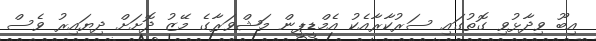
އިބޫ ވިދާޅުވި ގޮތުގައި ސަރުކާރާއެކު އެމްޑީޕީން މަޝްވަރާގެ މޭޒު ދޮށަށް ދިޔައިރު ވެސް